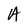
Character: A